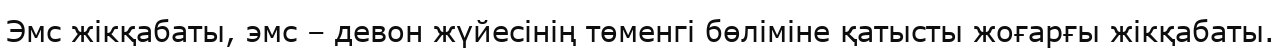
Эмс жікқабаты, эмс – девон жүйесінің төменгі бөліміне қатысты жоғарғы жікқабаты.